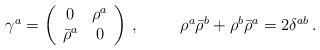
\begin{align*}\begin{array}{cc}\gamma^{a}=\left(\begin{array}{cc}0&\rho^{a}\\ \bar{\rho}^{a}&0\end{array}\right)\,,~~~&~~\rho^{a}\bar{\rho}^{b}+\rho^{b}\bar{\rho}^{a}=2\delta^{ab}\,.\end{array}\end{align*}